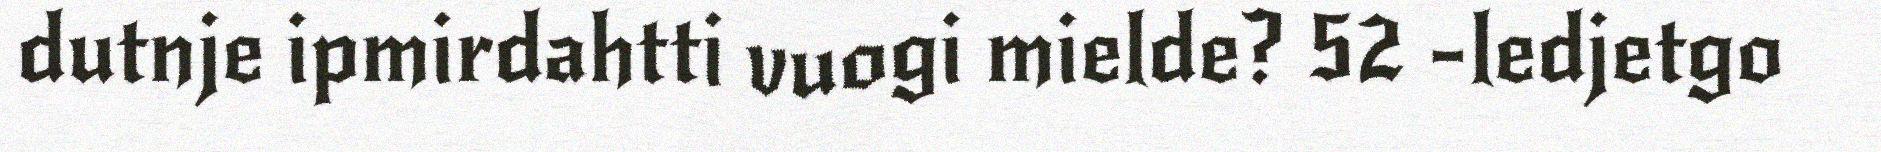
dutnje ipmirdahtti vuogi mielde? 52 -ledjetgo